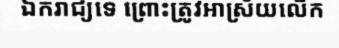
ឯករាជ្យទេ ព្រោះត្រូវអាស្រ័យលើក